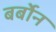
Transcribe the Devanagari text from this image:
बर्बोन